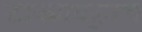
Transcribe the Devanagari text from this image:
टाक्यावरूनच